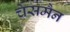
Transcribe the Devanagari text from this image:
चेसमैन